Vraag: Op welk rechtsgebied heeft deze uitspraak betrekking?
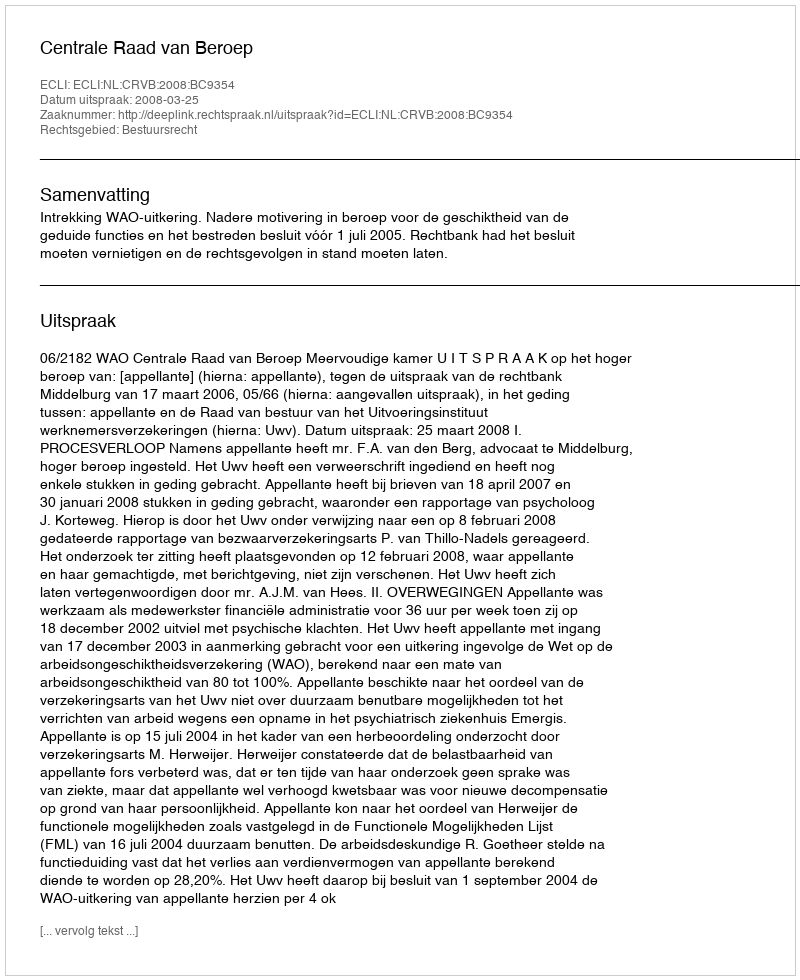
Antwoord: Bestuursrecht